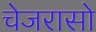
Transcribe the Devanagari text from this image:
चेजरासो